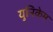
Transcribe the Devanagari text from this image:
युनिकेम